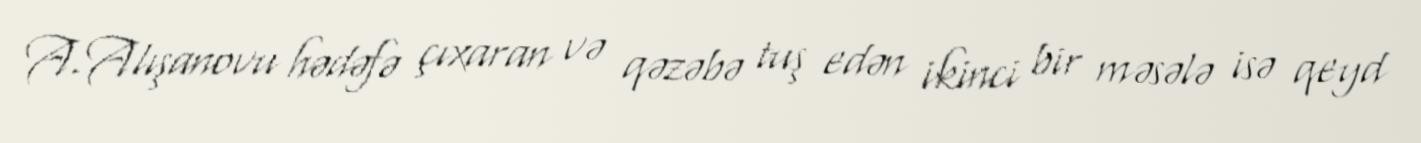
A.Alışanovu hədəfə çıxaran və qəzəbə tuş edən ikinci bir məsələ isə qeyd